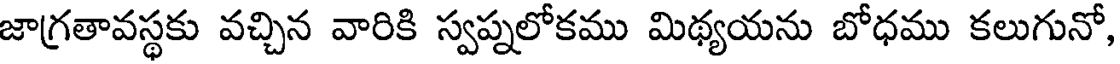
జాగ్రతావస్థకు వచ్చిన వారికి స్వప్నలోకము మిథ్యయను బోధము కలుగునో,